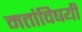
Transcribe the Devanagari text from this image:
मतांविषयी